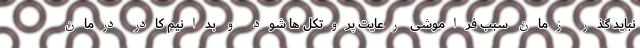
نباید گذر زمان سبب فراموشی رعایت پروتکل ها شود و بدانیم کادر درمان